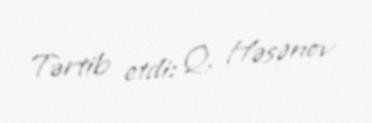
Tərtib etdi: Q. Həsənov